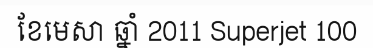
ខែមេសា ឆ្នាំ 2011 Superjet 100